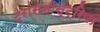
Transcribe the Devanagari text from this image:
ट्रांसनीस्ट्रिया